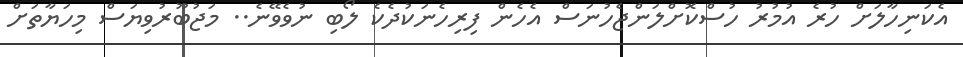
އެކަނިހާލަށް ހުރެ އުމުރު ހުސްކޮށްލަންޖެހުނަސް އެހެން ފިރިހެނަކުދެކެ ލޯބި ނުވެވޭނެ.. މަޖުބޫރުވިޔަސް މިހަޔާތަށް